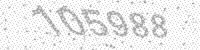
Solution: 105988